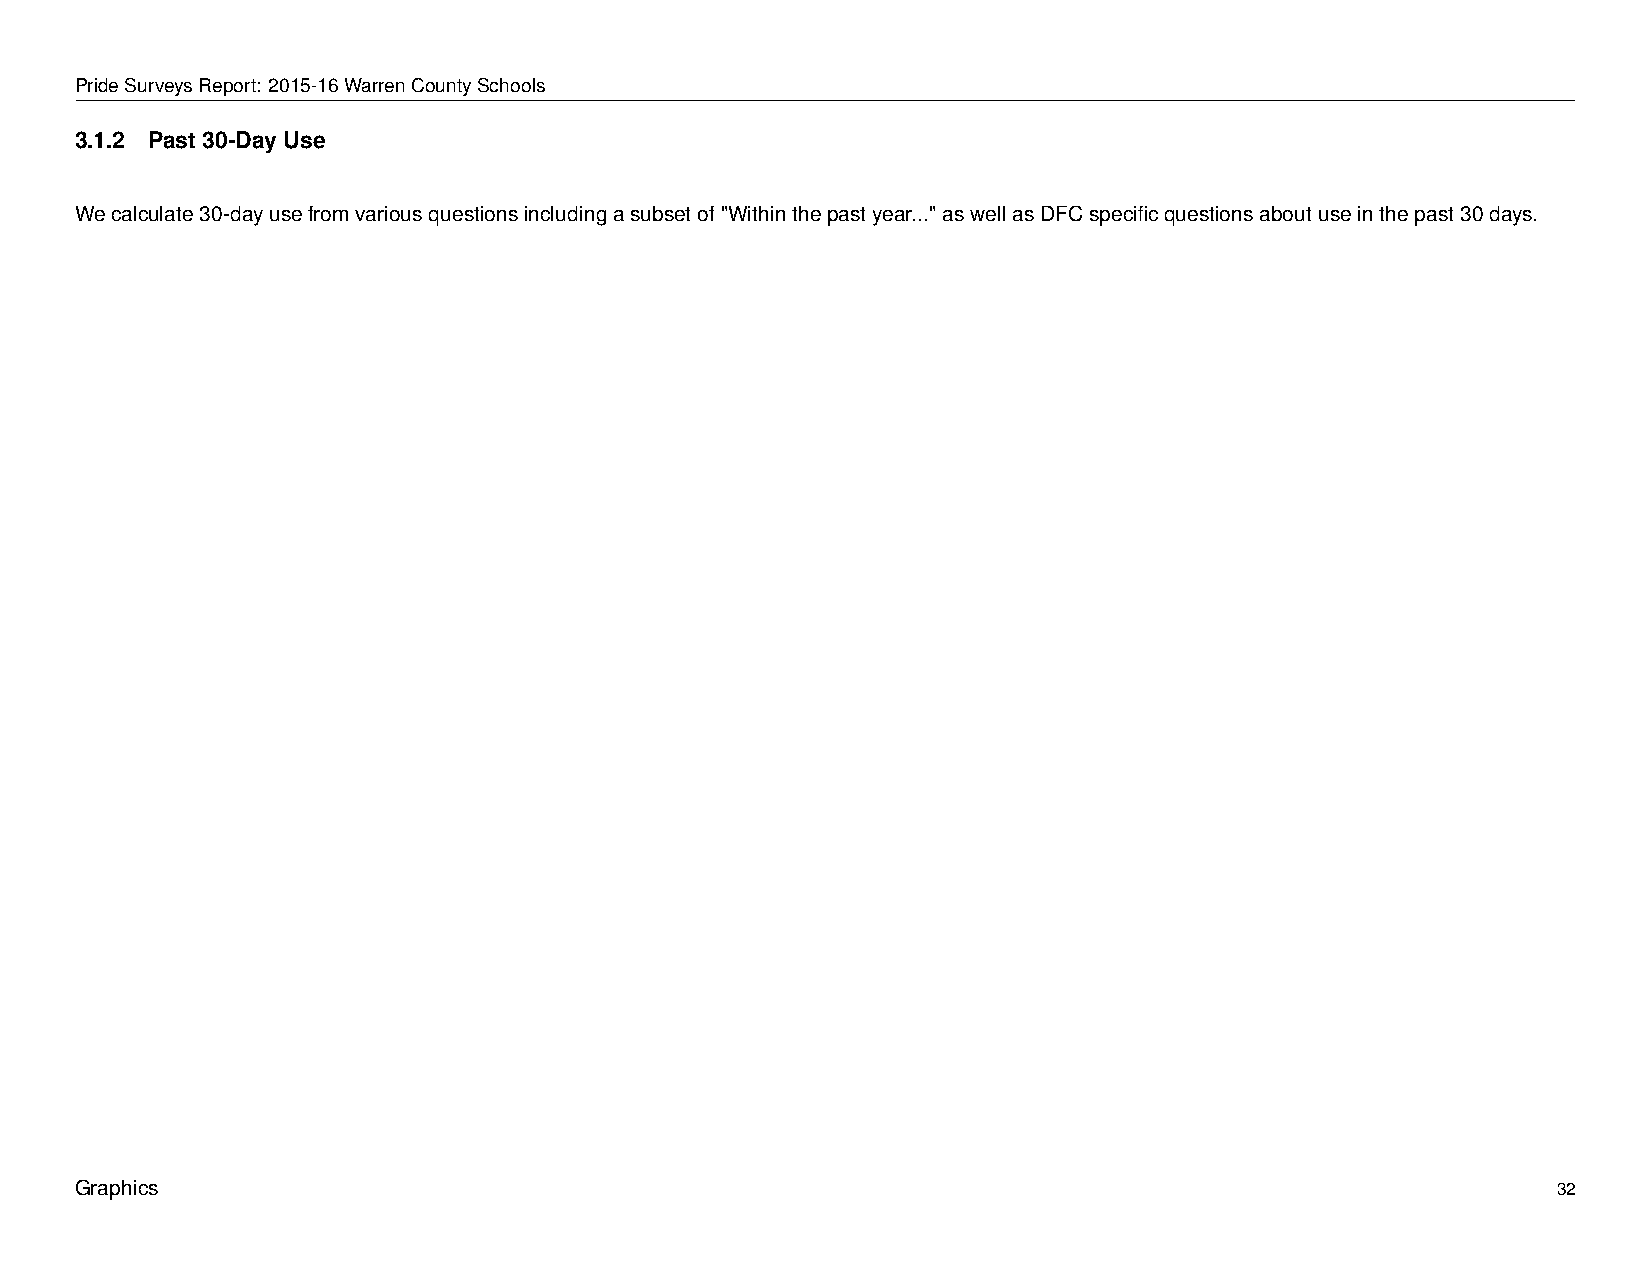
PrideSurveysReport: 2015-16WarrenCountySchools
 3.1.2 Past 30-Day Use
 Wecalculate30-dayusefromvariousquestionsincludingasubsetof"Withinthepastyear..."aswellasDFCspecificquestionsaboutuseinthepast30days.
 Graphics                                                                                          32